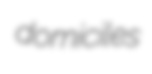
domiciles